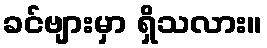
ခင်ဗျားမှာ ရှိသလား။